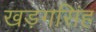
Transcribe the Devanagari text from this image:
खड़गसिंह